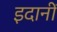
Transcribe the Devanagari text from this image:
इदानीं